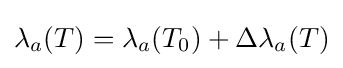
\lambda _{a}(T)=\lambda _{a}(T_{0})+\Delta \lambda _{a}(T)